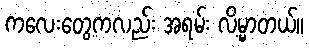
ကလေးတွေကလည်း အရမ်း လိမ္မာတယ်။